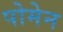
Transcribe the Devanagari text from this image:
पोमेन